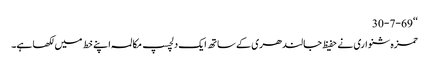
‘‘30-7-69
حمزہ شنواری نے حفیظ جالندھری کے ساتھ ایک دلچسپ مکالمہ اپنے خط میں لکھا ہے۔